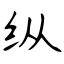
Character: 纵